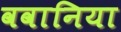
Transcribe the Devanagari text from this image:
ववानिया